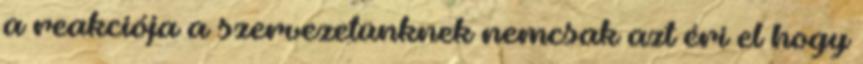
a reakciója a szervezetünknek nemcsak azt éri el hogy